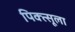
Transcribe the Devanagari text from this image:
पिक्त्सूला